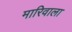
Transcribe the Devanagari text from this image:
मारिवाला